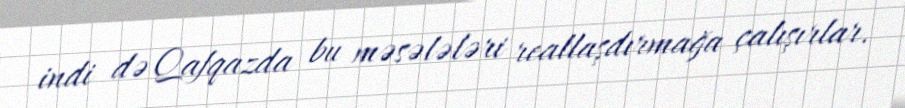
indi də Qafqazda bu məsələləri reallaşdırmağa çalışırlar.